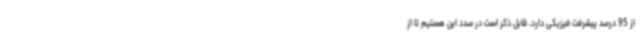
از 95 درصد پیشرفت فیزیکی دارد، قابل ذکر است در صدد این هستیم تا از